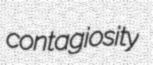
contagiosity